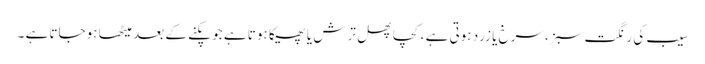
سیب کی رنگت سبز،سرخ یا زرد ہوتی ہے ،کچا پھل ترش یا پھیکا ہوتا ہے جو پکنے کے بعد میٹھا ہوجاتا ہے ۔